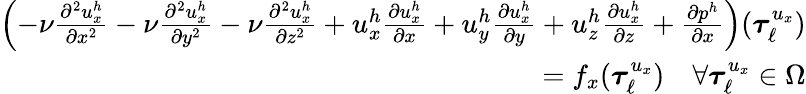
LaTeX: \begin{array}{r}{\left(-\nu\frac{\partial^{2}u_{x}^{h}}{\partial x^{2}}-\nu\frac{\partial^{2}u_{x}^{h}}{\partial y^{2}}-\nu\frac{\partial^{2}u_{x}^{h}}{\partial z^{2}}+u_{x}^{h}\frac{\partial u_{x}^{h}}{\partial x}+u_{y}^{h}\frac{\partial u_{x}^{h}}{\partial y}+u_{z}^{h}\frac{\partial u_{x}^{h}}{\partial z}+\frac{\partial p^{h}}{\partial x}\right)(\boldsymbol{\tau}_{\ell}^{u_{x}})}\\ {=f_{x}(\boldsymbol{\tau}_{\ell}^{u_{x}})\quad\forall\boldsymbol{\tau}_{\ell}^{u_{x}}\in\Omega}\end{array}